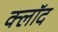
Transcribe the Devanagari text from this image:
क्लॉद